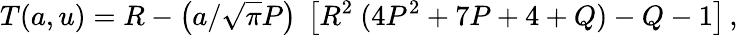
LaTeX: T(a,u)=R-\left(a/{\sqrt{\pi}}P\right)~\left[R^{2}~(4P^{2}+7P+4+Q)-Q-1\right]\, ,